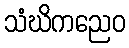
သံဃိကညေဝ